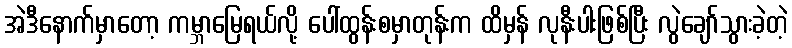
အဲဒီနောက်မှာတော့ ကမ္ဘာမြေရယ်လို့ ပေါ်ထွန်းစမှာတုန်းက ထိမှန် လုနီးပါးဖြစ်ပြီး လွဲချော်သွားခဲ့တဲ့